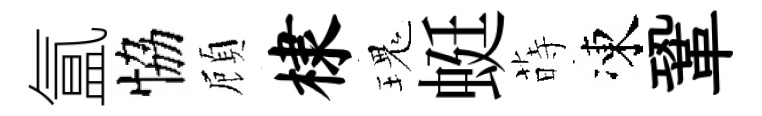
氲恊頋棣瑰蜓蒔凍鞏